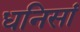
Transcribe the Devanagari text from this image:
धनिसां